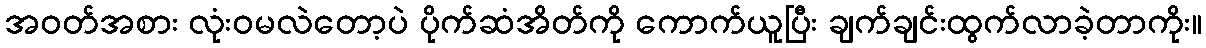
အဝတ်အစား လုံးဝမလဲတော့ပဲ ပိုက်ဆံအိတ်ကို ကောက်ယူပြီး ချက်ချင်းထွက်လာခဲ့တာကိုး။